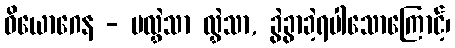
ဝိယောဂေန - မလွှဲသာ လွှဲသာ, ခွဲခွာခဲ့ရပါသောကြောင့်၊